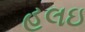
હલઇ